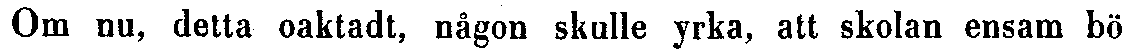
Om nu, detta oaktadt, någon skulle yrka, att skolan ensam bö